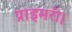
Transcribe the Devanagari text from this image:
प्राइमरी।